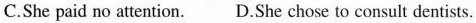
C.She paid no attention.D.She chose to consuit dentists.